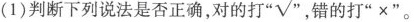
(1)判断下列说法是否正确，对的打 $$\sqrt{2}$$ ，错的打”×”。